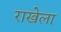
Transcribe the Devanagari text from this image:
राखेला